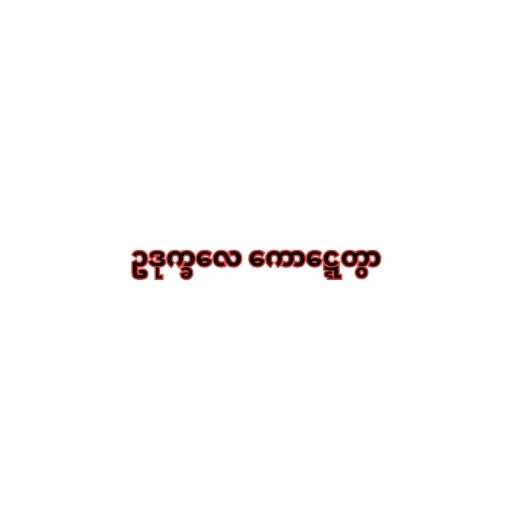
ဥဒုက္ခလေ ကောဋ္ဋေတွာ